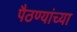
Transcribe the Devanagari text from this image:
पैठण्यांच्या